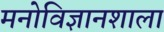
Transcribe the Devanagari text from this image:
मनोविज्ञानशाला